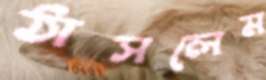
ঠাসলেম